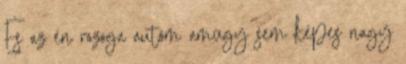
És az én rozoga autóm amúgy sem képes nagy